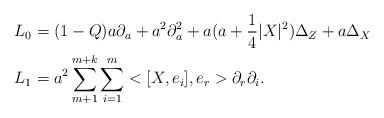
LaTeX: \begin{align*}\begin{aligned}L_0 &= (1-Q) a\partial_a + a^2 \partial_a^2 + a( a + \frac{1}{4} |X|^2 ) \Delta_Z + a \Delta_X\\L_1 &= a^2 \sum_{m+1}^{m+k} \sum_{i=1}^m <[X,e_i] , e_r > \partial_r \partial_i.\end{aligned}\end{align*}